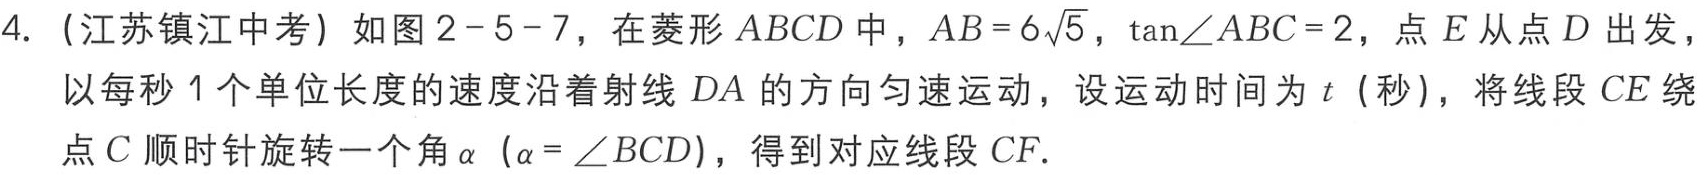
4. (江苏镇江中考) 如图2 - 5 - 7，在菱形 \(ABCD\) 中，\(AB = 6\sqrt{5}\)，\(\tan\angle ABC = 2\)，点 \(E\) 从点 \(D\) 出发，以每秒 \(1\) 个单位长度的速度沿着射线 \(DA\) 的方向匀速运动，设运动时间为 \(t\)（秒），将线段 \(CE\) 绕点 \(C\) 顺时针旋转一个角 \(\alpha\)（\(\alpha=\angle BCD\)），得到对应线段 \(CF\).